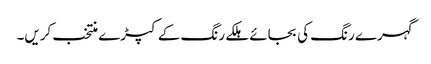
گہرے رنگ کی بجائے ہلکے رنگ کے کپڑے منتخب کریں۔